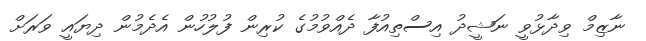
ނާޒިމް ވިދާޅުވީ ނަޝީދު އިސްތިއުފާ ދެއްވުމުގެ ކުރިން ފުލުހުން އެދެމުން ދިޔައީ ވަރަށް